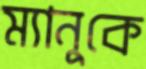
ম্যানুকে